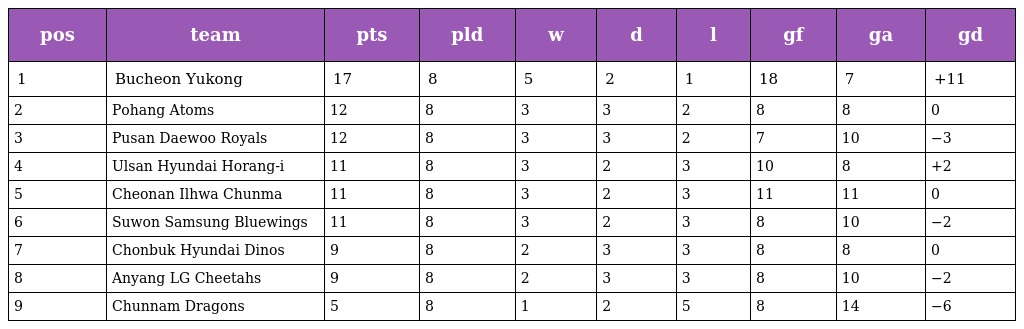
| pos | team | pts | pld | w | d | l | gf | ga | gd |
 | --- | --- | --- | --- | --- | --- | --- | --- | --- | --- |
 | 1 | Bucheon Yukong | 17 | 8 | 5 | 2 | 1 | 18 | 7 | +11 |
 | 2 | Pohang Atoms | 12 | 8 | 3 | 3 | 2 | 8 | 8 | 0 |
 | 3 | Pusan Daewoo Royals | 12 | 8 | 3 | 3 | 2 | 7 | 10 | −3 |
 | 4 | Ulsan Hyundai Horang-i | 11 | 8 | 3 | 2 | 3 | 10 | 8 | +2 |
 | 5 | Cheonan Ilhwa Chunma | 11 | 8 | 3 | 2 | 3 | 11 | 11 | 0 |
 | 6 | Suwon Samsung Bluewings | 11 | 8 | 3 | 2 | 3 | 8 | 10 | −2 |
 | 7 | Chonbuk Hyundai Dinos | 9 | 8 | 2 | 3 | 3 | 8 | 8 | 0 |
 | 8 | Anyang LG Cheetahs | 9 | 8 | 2 | 3 | 3 | 8 | 10 | −2 |
 | 9 | Chunnam Dragons | 5 | 8 | 1 | 2 | 5 | 8 | 14 | −6 |